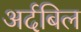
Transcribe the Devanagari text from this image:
अर्दबिल